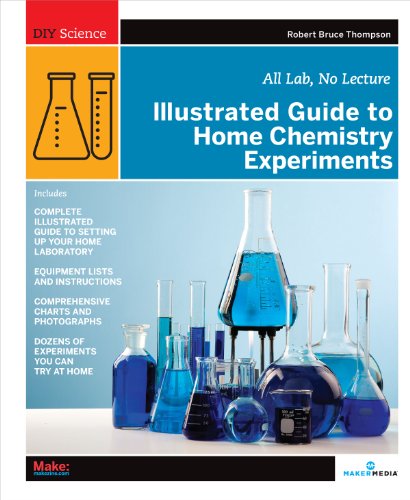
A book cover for Illustrated Guide to Home Chemistry Experiments: All Lab, No Lecture (DIY Science); Robert Bruce Thompson; Education & Teaching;